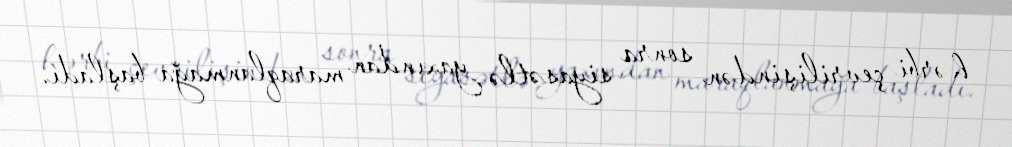
hərbi çevrilişindən sonra siyasətlə yaxından maraqlanmağa başladı.